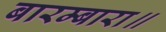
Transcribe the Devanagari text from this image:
बारम्बारा॥